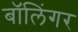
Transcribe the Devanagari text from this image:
बॉलिंगर